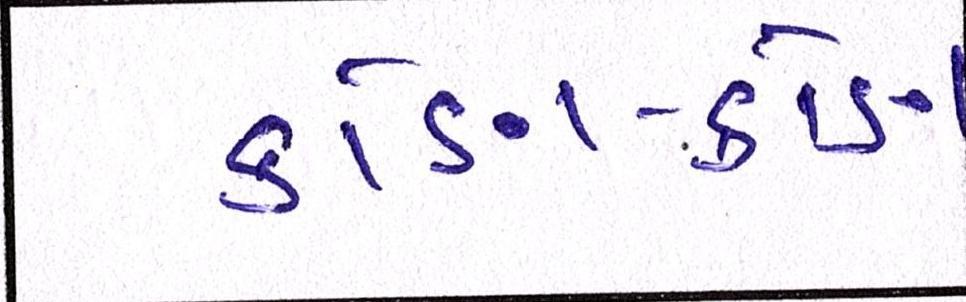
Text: કોણ-કોણ